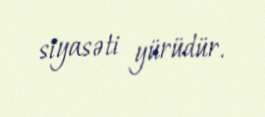
siyasəti yürüdür.